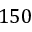
1 5 0